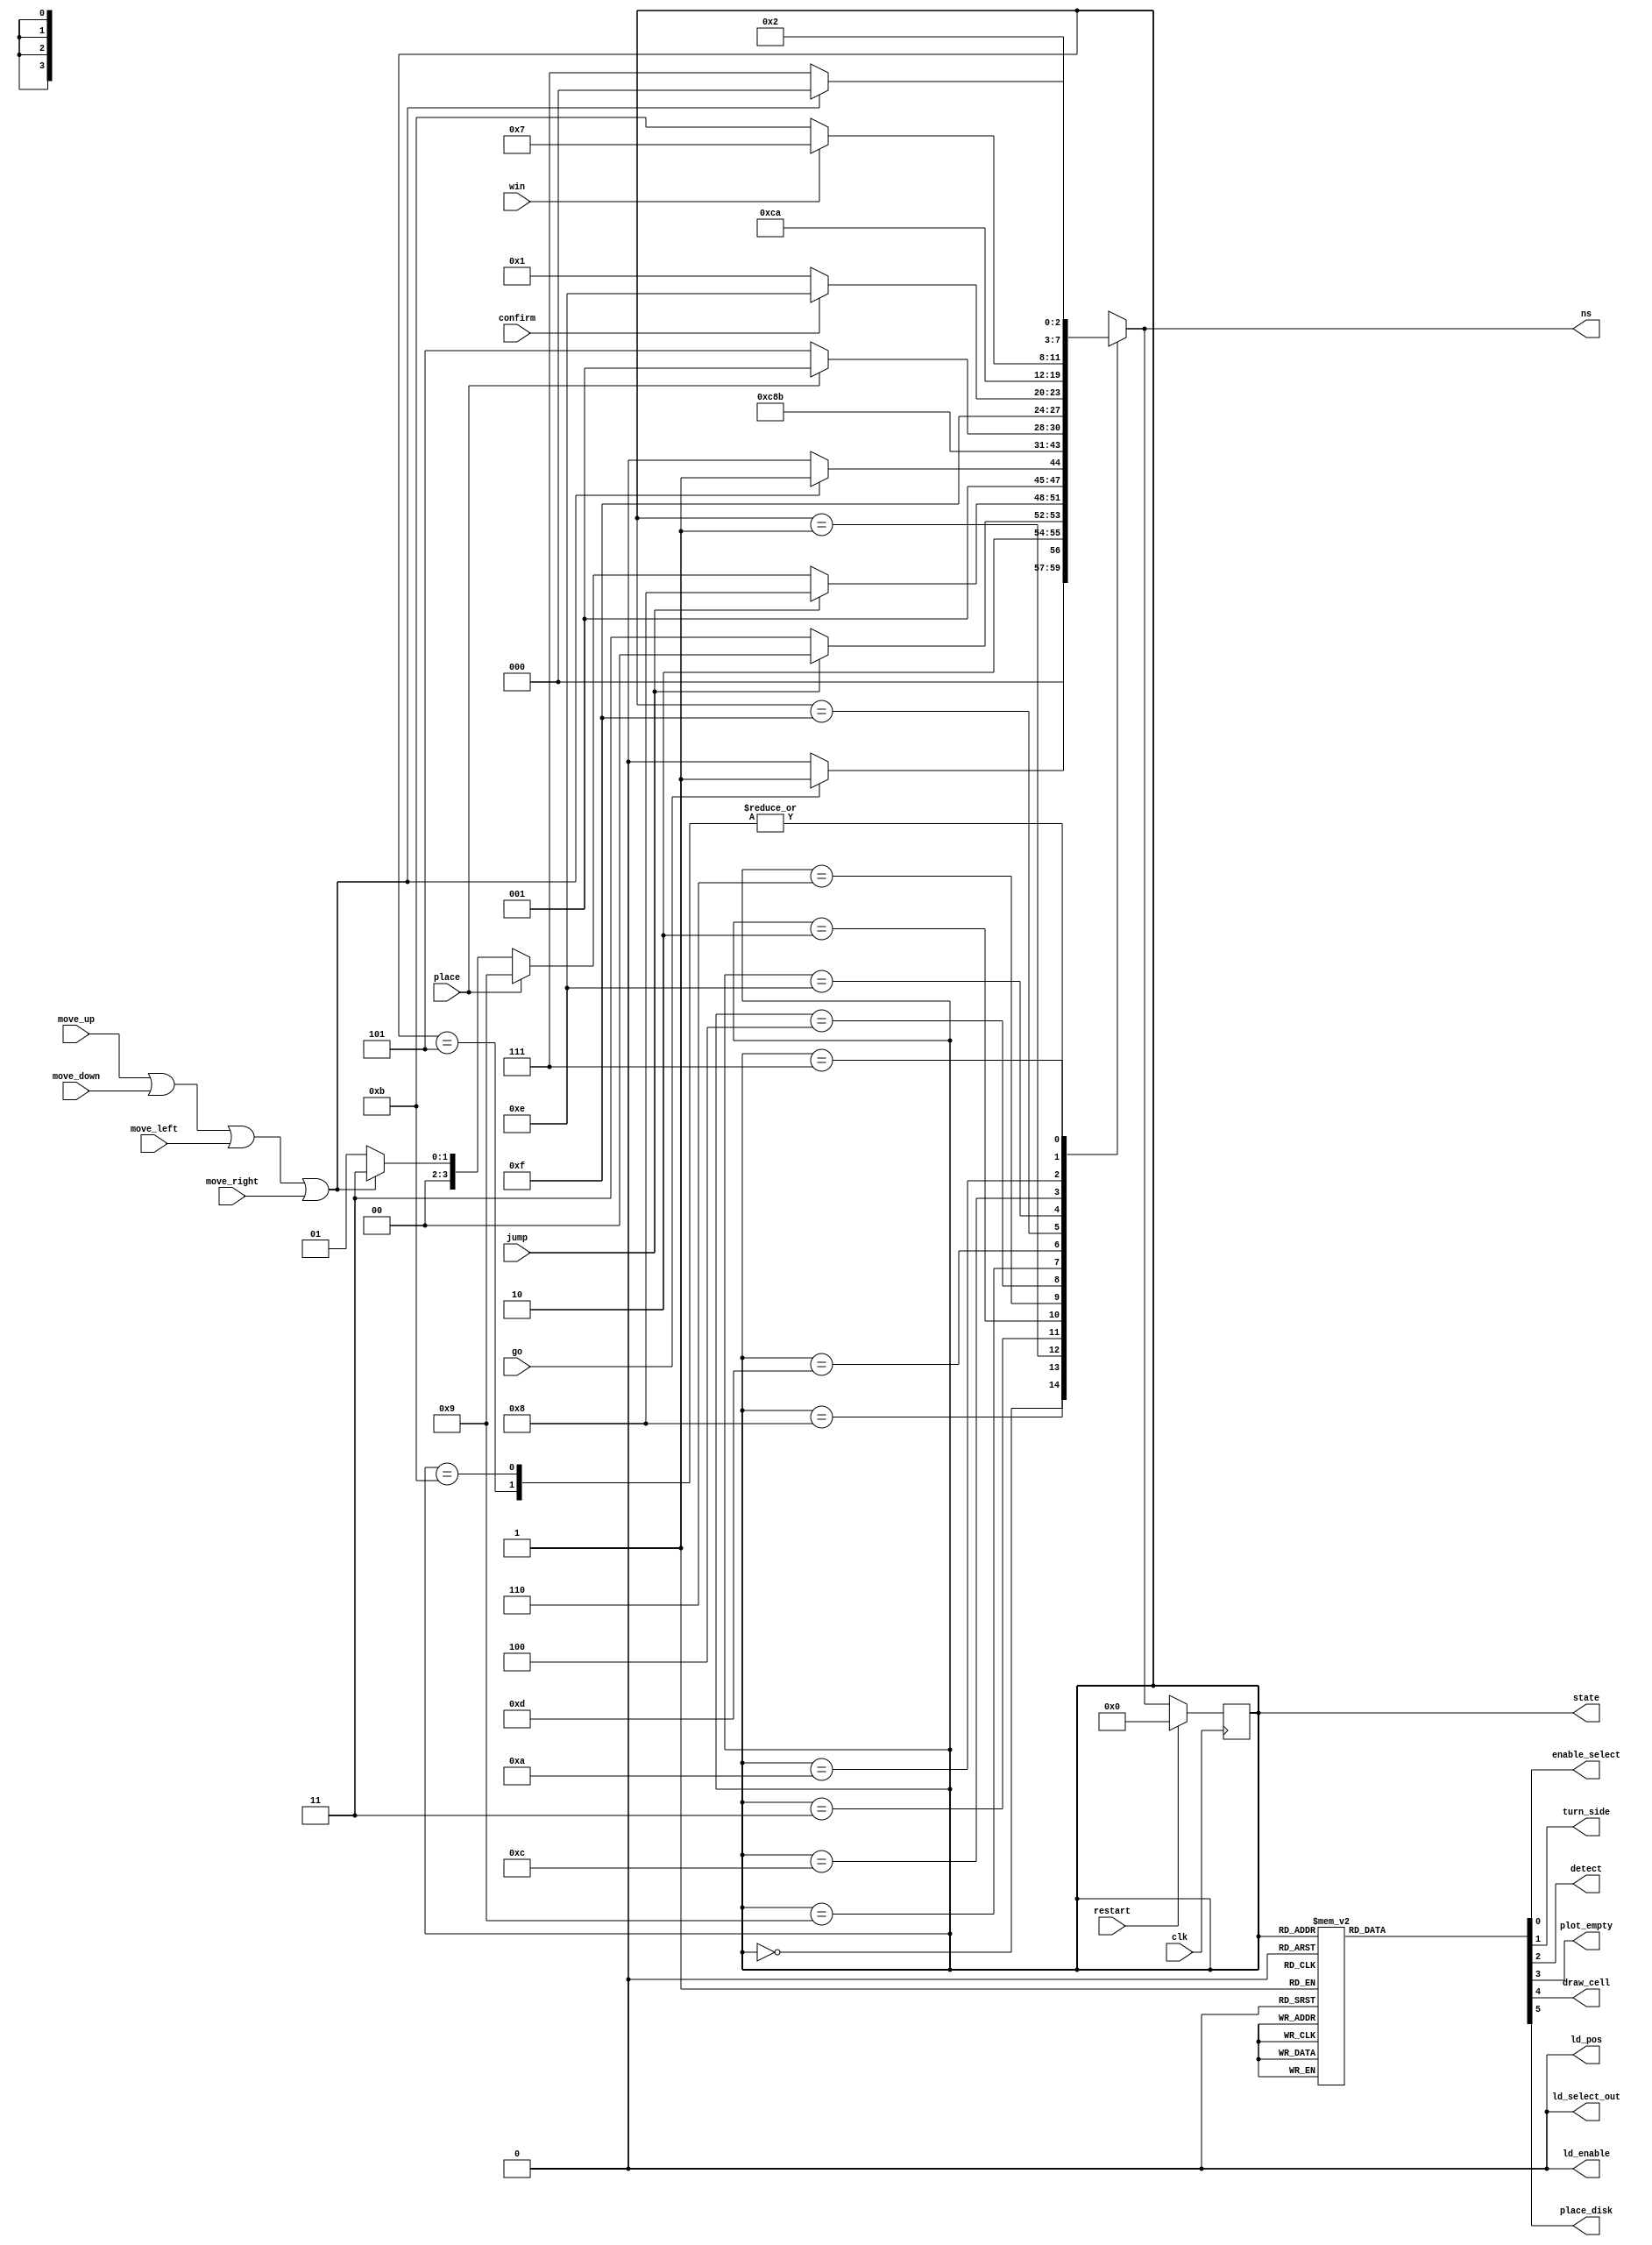

module control(
    input clk,
    input restart,
    input go, jump,
	 input confirm,
	 input move_up, move_down, move_left, move_right, place,
	 input win,
	 
//    output reg ld_key,
//	 output reg [3:0] select_ld
	 output reg enable_select,
	 output reg ld_pos,ld_select_out,ld_enable,
	 output reg turn_side, detect,
    output reg plot_empty, draw_cell, place_disk,
	 output [3:0] state,
	 output [3:0] ns
	 );

    reg [3:0] current_state, next_state;
	 wire en;
	 assign state[3:0] = current_state[3:0];
	 assign ns[3:0] = next_state[3:0];
	 
//	 assign en = 0;
	 assign en = move_up || move_down || move_left || move_right;
    localparam  START_GAME   = 4'd0,
//                DRAW_BOARD   = 4'd1,
					 
					 B_SELECT     = 4'd1,
					 
					 B_WAIT       = 4'd8,
					 
                S_CYCLE_WAIT = 4'd3,
					 S_CYCLE_1    = 4'd2,
					 
					 B_WAIT_0 	  = 4'd6,
					 
					 S_CYCLE_2    = 4'd4,
                B_WAIT_1     = 4'd5,
					 
					 B_DET_WAIT   = 4'd9,
					 B_DETECT     = 4'd13,
					 B_WAIT_2     = 4'd15,
                B_PLACE  	  = 4'd14,
					 B_WAIT_3     = 4'd12,
					 
					 PLACE_CYCLE  = 4'd10,
					 TURN_SIDES   = 4'd11,
					 
					 END_GAME     = 4'd7;
                
    // Next state logic aka our state table
    always@(*)
    begin: state_table 
            case (current_state)
                START_GAME: next_state = go ? B_SELECT : START_GAME; // Loop in current state until value is input
//                DRAW_BOARD: next_state = B_SELECT; // Loop in current state until go signal goes low
                
					 B_WAIT: next_state = jump ? B_WAIT : TURN_SIDES;
					 B_SELECT: begin
						 if (jump)
								next_state = B_WAIT;
						 else if (place)
								next_state = B_DET_WAIT;
						 else 
								next_state = en ? S_CYCLE_WAIT : B_SELECT;
//						 else
//								next_state = B_SELECT;
						 end // 
					 S_CYCLE_WAIT: next_state = en ? S_CYCLE_WAIT : S_CYCLE_1;
                S_CYCLE_1: next_state = B_WAIT_0; // Loop in current state until go signal goes low
					 B_WAIT_0: next_state = S_CYCLE_2;
                S_CYCLE_2: next_state = B_WAIT_1; // Loop in current state until value is input
					 
					 B_WAIT_1: next_state = B_SELECT;
					 B_DET_WAIT: next_state = place ? B_DET_WAIT : B_DETECT;
					 B_DETECT:  next_state = B_WAIT_2;
					 B_WAIT_2:  next_state = confirm ? B_PLACE : B_SELECT;
                B_PLACE: next_state = B_WAIT_3;
					 B_WAIT_3: next_state = PLACE_CYCLE;
					 PLACE_CYCLE: next_state = win ? END_GAME : TURN_SIDES; // Loop in current state until go signal goes low
					 
                TURN_SIDES: next_state = B_SELECT;
					 
					 END_GAME: next_state = en ? START_GAME : END_GAME;
					 
//					 W_WAIT: next_state = jump ? W_WAIT : B_SELECT;
					 
            default:     next_state = START_GAME;
        endcase
    end // state_table
   

    // Output logic aka all of our datapath control signals
    always @(*)
    begin: enable_signals
        // By default make all our signals 0
		  ld_pos = 1'b0;
		  ld_select_out = 1'b0;
		  ld_enable = 1'b0;
        draw_cell = 1'b0;
//        ld_key = 1'b0;
		  detect = 1'b0;
		  turn_side = 1'b0;
		  plot_empty = 1'b0;
		  draw_cell = 1'b0;
		  place_disk = 1'b0;
		  enable_select = 1'b0;
//		  select_ld = 4'b0000;

        case (current_state)
            START_GAME: begin
//                select_ld = 4'd10; // beginning scene
//					 plot = 1'b1;
                end
//            DRAW_BOARD: begin
//                select_ld = 4'd11; //load the board pic
//					 plot = 1'b1;
//                end
					 
            B_SELECT: begin
					 draw_cell = 1'b1;	 
                end
					 
            S_CYCLE_1: begin
					 draw_cell = 1'b1; 
					 end
					 
				S_CYCLE_2: begin 
					 plot_empty = 1'b1; // enable signal for drawing a cell
					 end
					 
				B_DETECT: begin
					 detect = 1'b1;
					 end
					 
				B_PLACE: begin
					 place_disk = 1'b1;
					 end
				
				PLACE_CYCLE: begin
					 enable_select = 1'b1;
					 end
				TURN_SIDES: begin
					 turn_side = 1'b1;
					 end
					 
				END_GAME: begin  
					 end
				
        // default:    // don't need default since we already made sure all of our outputs were assigned a value at the start of the always block
        endcase
    end // enable_signals
   
    // current_state registers
    always@(posedge clk)
    begin: state_FFs
        if(restart) begin
            current_state <= START_GAME;
				//next_state <= START_GAME;
				end
        else
            current_state <= next_state;
    end // state_FFS
	 
endmodule

module ratedivider(enable,en,clock,reset_n,d);
	input clock,en,reset_n;
	input [27:0] d;
	
	output enable;
	wire par_load;
	
	reg [27:0] half;
	
	always@(*) begin
		half = d >> 1;
	end
	
//	assign d = 'd833333;
	
	reg [27:0] q; // Declare q
//	assign par_load = (q == 0) ? 1 : 0;
	always @(posedge clock, negedge reset_n) // Triggered every time clock rises
		begin
			if (reset_n == 1'b0) // When reset n is 0
				q <= d; // Set q to 0
//			else if (par_load == 1'b1) // Check if parallel load
//				q <= d; // Load d
			else if (en == 1'b1) // Increment q only when enable is 1
				begin
				  if (q == 0) // When q is the maximum value for the counter
						q <= d;
				  else
						q <= q - 1'b1 ; // Increment q
				end
		end
	
	assign enable = (q < half) ? 1 : 0;
endmodule